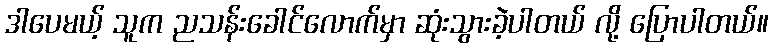
ဒါပေမယ့် သူက ညသန်းခေါင်လောက်မှာ ဆုံးသွားခဲ့ပါတယ် လို့ ပြောပါတယ်။